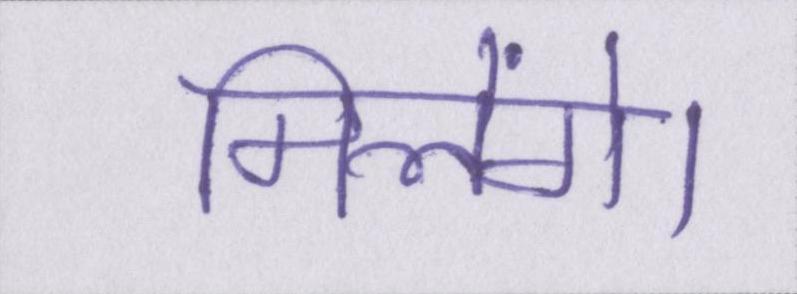
मिलेंगे।